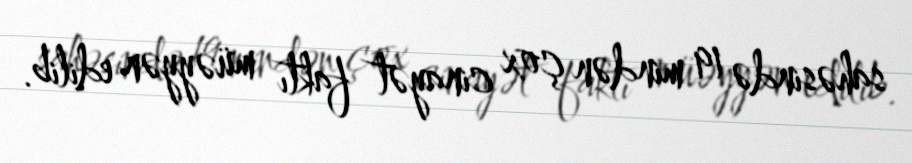
sahəsində 19 mindən çox cinayət faktı müəyyən edilib.